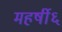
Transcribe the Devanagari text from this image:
महर्षी६